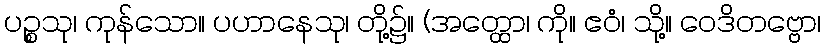
ပဉ္စသု၊ ကုန်သော။ ပဟာနေသု၊ တို့၌။ (အတ္ထော၊ ကို။ ဧဝံ၊ သို့။ ဝေဒိတဗ္ဗော၊